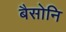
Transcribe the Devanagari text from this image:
बैसोनि